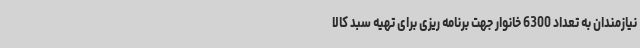
نیازمندان به تعداد 6300 خانوار جهت برنامه ریزی برای تهیه سبد کالا